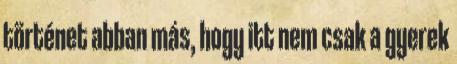
történet abban más, hogy itt nem csak a gyerek